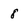
Character: 8